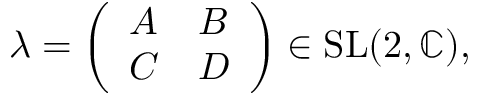
\lambda = { \left( \begin{array} { l l } { A } & { B } \\ { C } & { D } \end{array} \right) } \in { \mathrm { S L } } ( 2 , \mathbb { C } ) ,